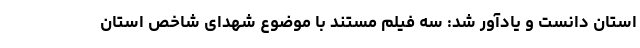
استان دانست و یادآور شد: سه فیلم مستند با موضوع شهدای شاخص استان